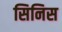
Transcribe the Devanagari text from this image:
सिनिस